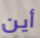
أين